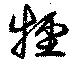
牼